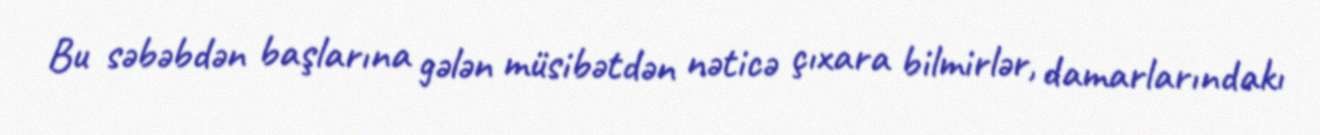
Bu səbəbdən başlarına gələn müsibətdən nəticə çıxara bilmirlər, damarlarındakı